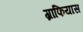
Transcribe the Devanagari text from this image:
ग्राफियास